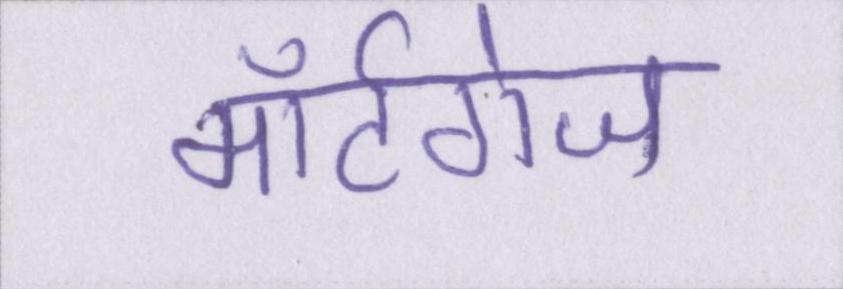
मॉर्टगेज